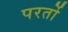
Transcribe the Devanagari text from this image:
परर्तो